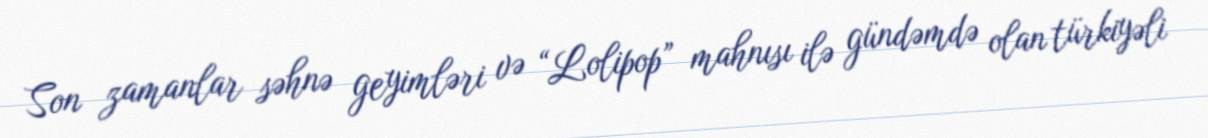
Son zamanlar səhnə geyimləri və “Lolipop” mahnısı ilə gündəmdə olan türkiyəli